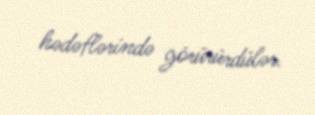
hədəflərində görürürdülər.